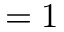
= 1